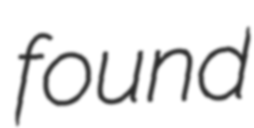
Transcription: found